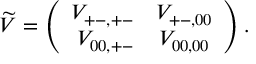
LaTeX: \widetilde V = \left( \begin{array} { r c } { { V _ { + - , + - } } } & { { V _ { + - , 0 0 } } } \\ { { V _ { 0 0 , + - } } } & { { V _ { 0 0 , 0 0 } } } \end{array} \right) .